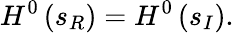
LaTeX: H^{0}\left(s_{R}\right)=H^{0}\left(s_{I}\right).